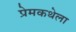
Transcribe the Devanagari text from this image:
प्रेमकथेला